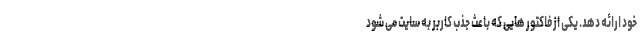
خود ارائه دهد. یکی از فاکتور هایی که باعث جذب کاربر به سایت می شود